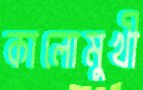
কালোমুখী